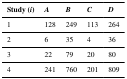
| Study (i) | A | B | C | D |
 | --- | --- | --- | --- | --- |
 | 1 | 128 | 249 | 113 | 264 |
 | 2 | 6 | 35 | 4 | 36 |
 | 3 | 22 | 79 | 20 | 80 |
 | 4 | 241 | 760 | 201 | 809 |